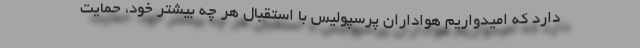
دارد که امیدواریم هواداران پرسپولیس با استقبال هر چه بیشتر خود، حمایت